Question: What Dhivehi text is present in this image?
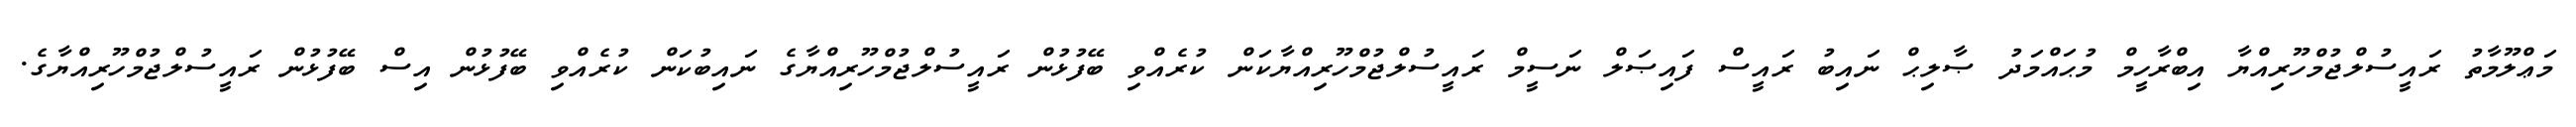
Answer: މަޢްލޫމާތު ރައީސުލްޖުމްހޫރިއްޔާ އިބްރާހީމް މުޙައްމަދު ޞާލިޙް ނައިބު ރައީސް ފައިޞަލް ނަސީމް ރައީސުލްޖުމްހޫރިއްޔާކަން ކުރެއްވި ބޭފުޅުން ރައީސުލްޖުމްހޫރިއްޔާގެ ނައިބުކަން ކުރެއްވި ބޭފުޅުން އިސް ބޭފުޅުން ރައީސުލްޖުމްހޫރިއްޔާގެ.